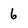
Character: 6